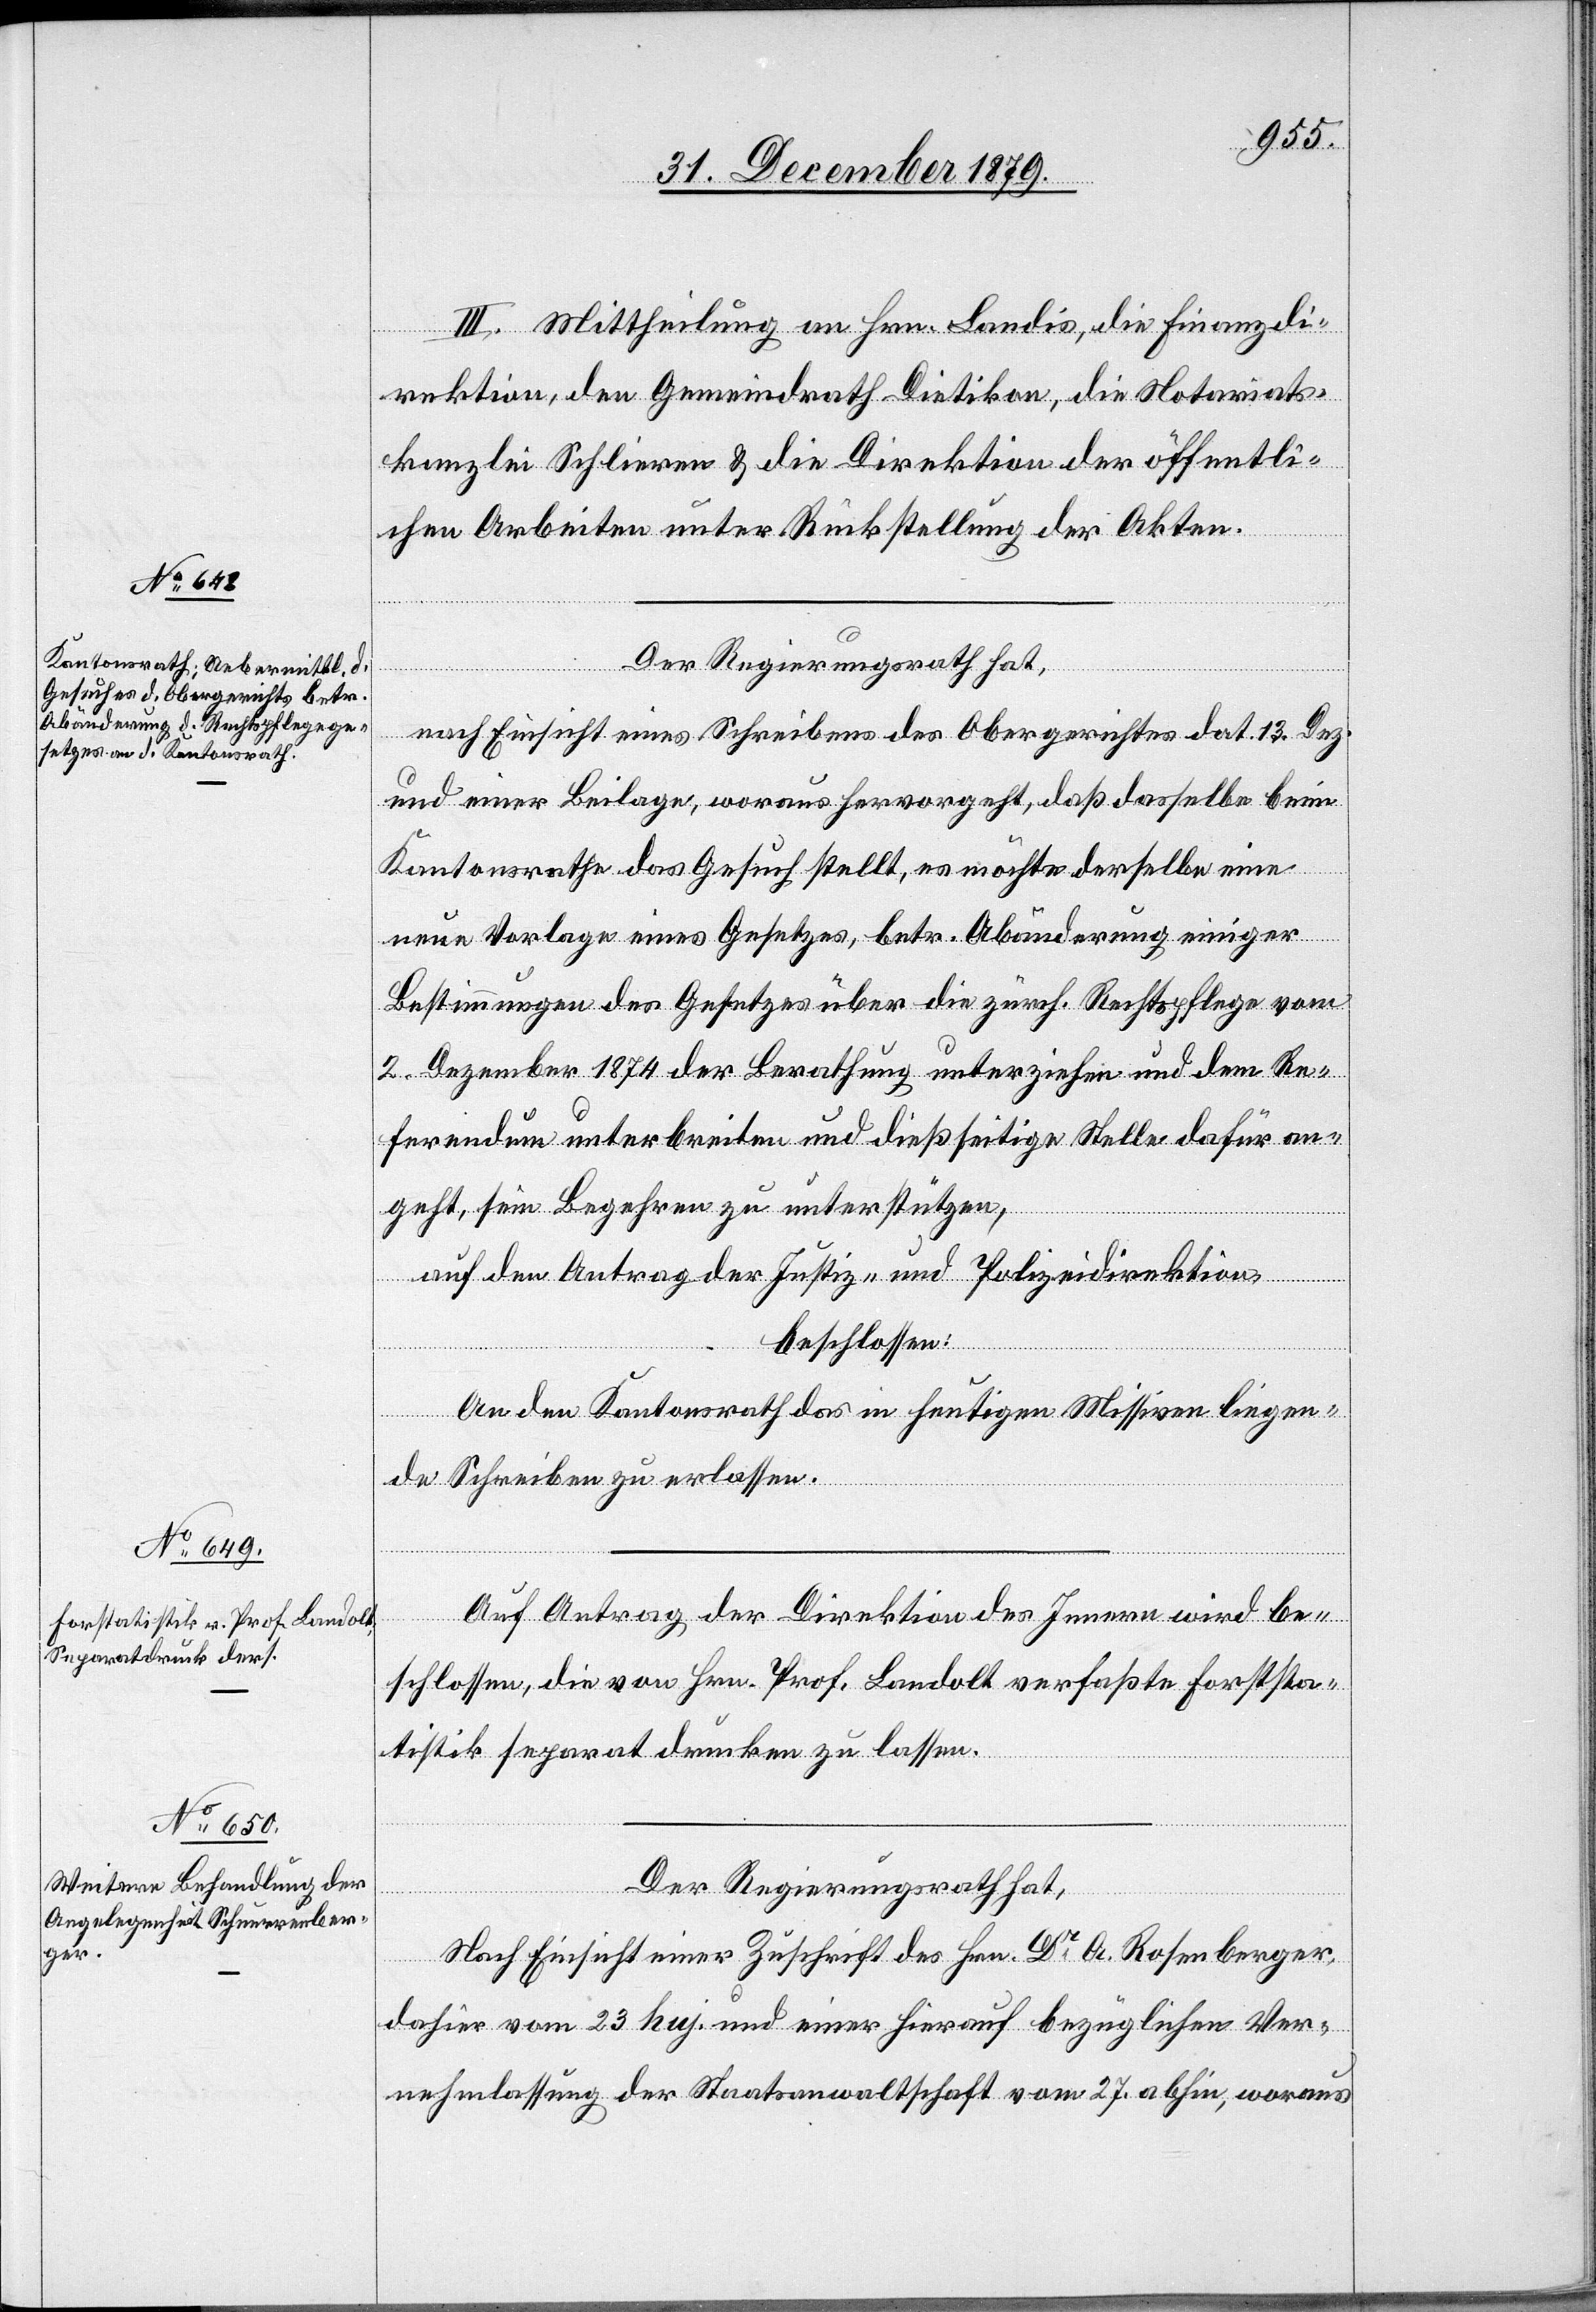
III. Mittheilung an Hrn. Landis, die Finanzdi¬
rektion, den Gemeindrath Dietikon, die Notariats¬
kanzlei Schlieren & die Direktion der öffentli¬
chen Arbeiten unter Rückstellung der Akten.
Der Regierungsrath hat,
nach Einsicht eines Schreibens des Obergerichtes dat. 13. Dez¬
und einer Beilage, woraus hervorgeht, daß derselbe beim
Kantonsrathe das Gesuch stellt, es möchte derselbe eine
neue Vorlage eines Gesetzes, betr. Abänderung einiger
Bestimmungen des Gesetzes über die zürch. Rechtspflege vom
2. Dezember 1874 der Berathung unterziehen und dem Re¬
ferendum unterbreiten und dießseitige Stelle dafür an¬
geht, sein Begehren zu unterstützen,
auf den Antrag der Justiz- und Polizeidirektion,
beschlossen:
An den Kantonsrath das in heutigen Missiven liegen¬
br.
de Schreiben zu erlassen.
Auf Antrag der Direktion des Innern wird be¬
schlossen, die von Hrn. Prof. Landolt verfaßte Forststa¬
tistik separat drucken zu lassen.
Der Regierungsrath hat,
Nach Einsicht einer Zuschrift des Hrn. Dr A. Rosenberger,
dahier vom 23. huj. und einer hierauf bezüglichen Ver¬
nehmlassung der Staatsanwaltschaft vom 27. abhin, woraus